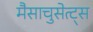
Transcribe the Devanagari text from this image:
मैसाचुसेत्ट्स